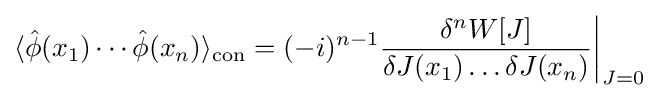
\langle {\hat {\phi }}(x_{1})\cdots {\hat {\phi }}(x_{n})\rangle _{\text{con}}=(-i)^{n-1}{\frac {\delta ^{n}W[J]}{\delta J(x_{1})\dots \delta J(x_{n})}}{\bigg |}_{J=0}